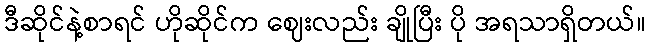
ဒီဆိုင်နဲ့စာရင် ဟိုဆိုင်က ဈေးလည်း ချိုပြီး ပို အရသာရှိတယ်။